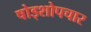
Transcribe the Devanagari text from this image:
षोड्शोपचार